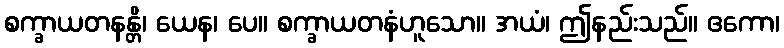
စက္ခာယတနန္တိ၊ ယေန၊ ပေ။ စက္ခာယတနံဟူသော။ အယံ၊ ဤနည်းသည်။ ဧကော၊